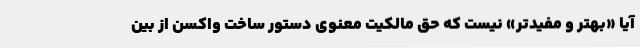
آیا «بهتر و مفیدتر» نیست که حق مالکیت معنوی دستور ساخت واکسن از بین